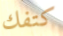
كتفك